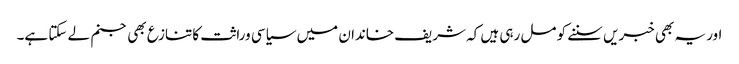
اور یہ بھی خبریں سننے کو مل رہی ہیں کہ شریف خاندان میں سیاسی وراثت کا تنازع بھی جنم لے سکتا ہے۔